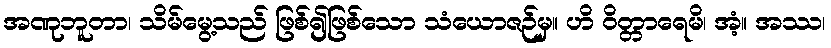
အဏုဘူတာ၊ သိမ်မွေ့သည် ဖြစ်၍ဖြစ်သော သံယောဇဉ်မှ။ ဟိ ဝိတ္တာရေမိ၊ အံ့။ အဿ၊